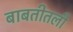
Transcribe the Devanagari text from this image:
बाबतीतली